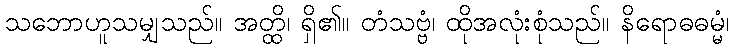
သဘောဟူသမျှသည်။ အတ္ထိ၊ ရှိ၏။ တံသဗ္ဗံ၊ ထိုအလုံးစုံသည်။ နိရောဓဓမ္မံ၊